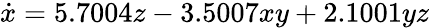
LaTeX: \dot{x}=5.7004z-3.5007xy+2.1001yz